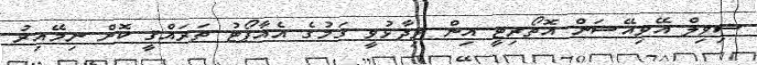
ސިވިލް އޭވިއޭޝަން އޮތޯރިޓީ އިން ވިދާޅުވީ ގަމުގެ އެއާޕޯޓު ތަރައްޤީ ކޮށް ނިމޭއިރު